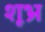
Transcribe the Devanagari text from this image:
शूभ्र